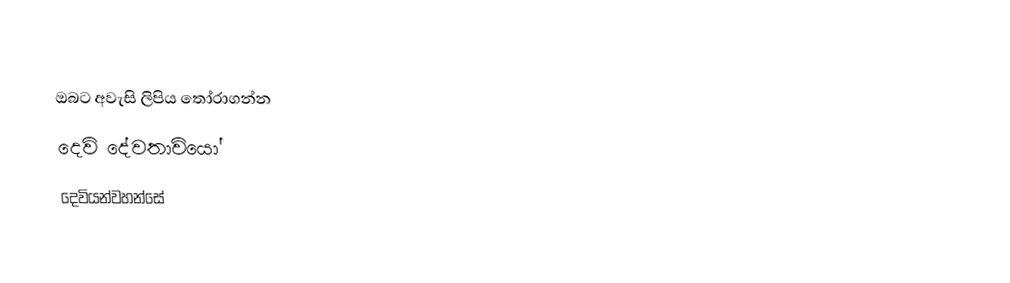
ඔබට අවැසි ලිපිය තෝරාගන්න
 දෙවි දේවතාවියෝ
 දෙවියන්වහන්සේ